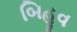
બિહૂવ